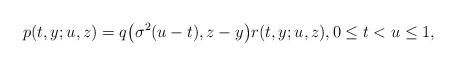
LaTeX: \begin{align*} p(t,y;u,z)=q\bigl(\sigma^2(u-t),z-y\bigr)r(t,y;u,z),0\leq t<u \leq1,\end{align*}